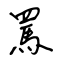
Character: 罵